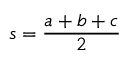
s = { \frac { a + b + c } { 2 } }